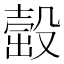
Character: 𣪹